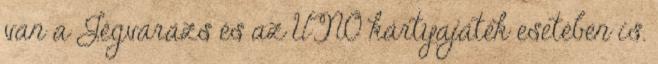
van a Jégvarázs és az UNO kártyajáték esetében is.